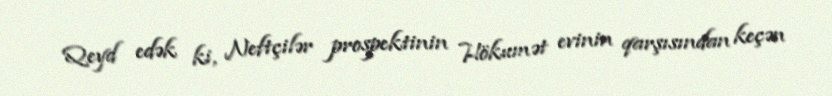
Qeyd edək ki, Neftçilər prospektinin Hökumət evinin qarşısından keçən